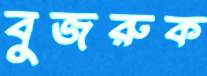
বুজরুক